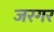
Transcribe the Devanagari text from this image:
जरगर